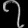
Digit: ၇